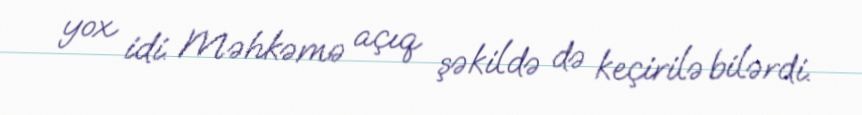
yox idi. Məhkəmə açıq şəkildə də keçirilə bilərdi.